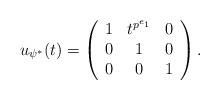
LaTeX: \begin{align*}u_{\psi^*}(t) & =\left(\begin{array}{c c c} 1 & t^{p^{e_1}} & 0 \\ 0 & 1 & 0 \\ 0 & 0 & 1 \end{array} \right) . \end{align*}